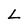
Character: L